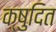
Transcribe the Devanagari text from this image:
क्षुदित